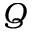
Q